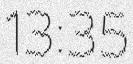
13:35